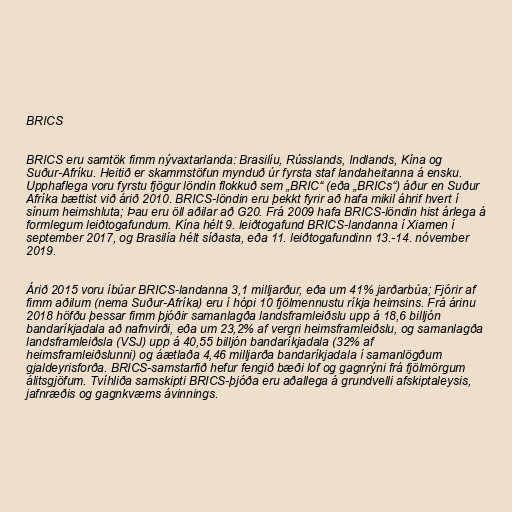
BRICS

BRICS eru samtök fimm nývaxtarlanda: Brasilíu, Rússlands, Indlands, Kína og
Suður-Afríku. Heitið er skammstöfun mynduð úr fyrsta staf landaheitanna á ensku.
Upphaflega voru fyrstu fjögur löndin flokkuð sem „BRIC“ (eða „BRICs“) áður en Suður
Afríka bættist við árið 2010. BRICS-löndin eru þekkt fyrir að hafa mikil áhrif hvert í
sínum heimshluta; Þau eru öll aðilar að G20. Frá 2009 hafa BRICS-löndin hist árlega á
formlegum leiðtogafundum. Kína hélt 9. leiðtogafund BRICS-landanna í Xiamen í
september 2017, og Brasilía hélt síðasta, eða 11. leiðtogafundinn 13.-14. nóvember
2019.

Árið 2015 voru íbúar BRICS-landanna 3,1 milljarður, eða um 41% jarðarbúa; Fjórir af
fimm aðilum (nema Suður-Afríka) eru í hópi 10 fjölmennustu ríkja heimsins. Frá árinu
2018 höfðu þessar fimm þjóðir samanlagða landsframleiðslu upp á 18,6 billjón
bandaríkjadala að nafnvirði, eða um 23,2% af vergri heimsframleiðslu, og samanlagða
landsframleiðsla (VSJ) upp á 40,55 billjón bandaríkjadala (32% af
heimsframleiðslunni) og áætlaða 4,46 milljarða bandaríkjadala í samanlögðum
gjaldeyrisforða. BRICS-samstarfið hefur fengið bæði lof og gagnrýni frá fjölmörgum
álitsgjöfum. Tvíhliða samskipti BRICS-þjóða eru aðallega á grundvelli afskiptaleysis,
jafnræðis og gagnkvæms ávinnings.